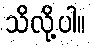
သိလို့ပါ။